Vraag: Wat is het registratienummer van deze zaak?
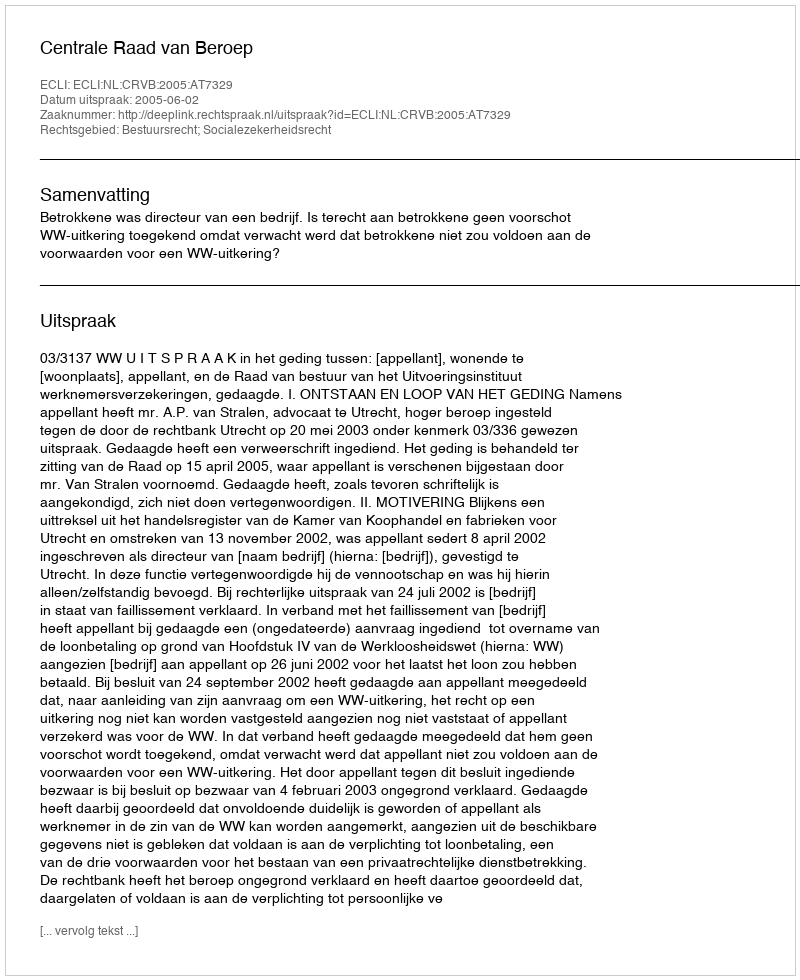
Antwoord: http://deeplink.rechtspraak.nl/uitspraak?id=ECLI:NL:CRVB:2005:AT7329